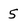
Character: 5